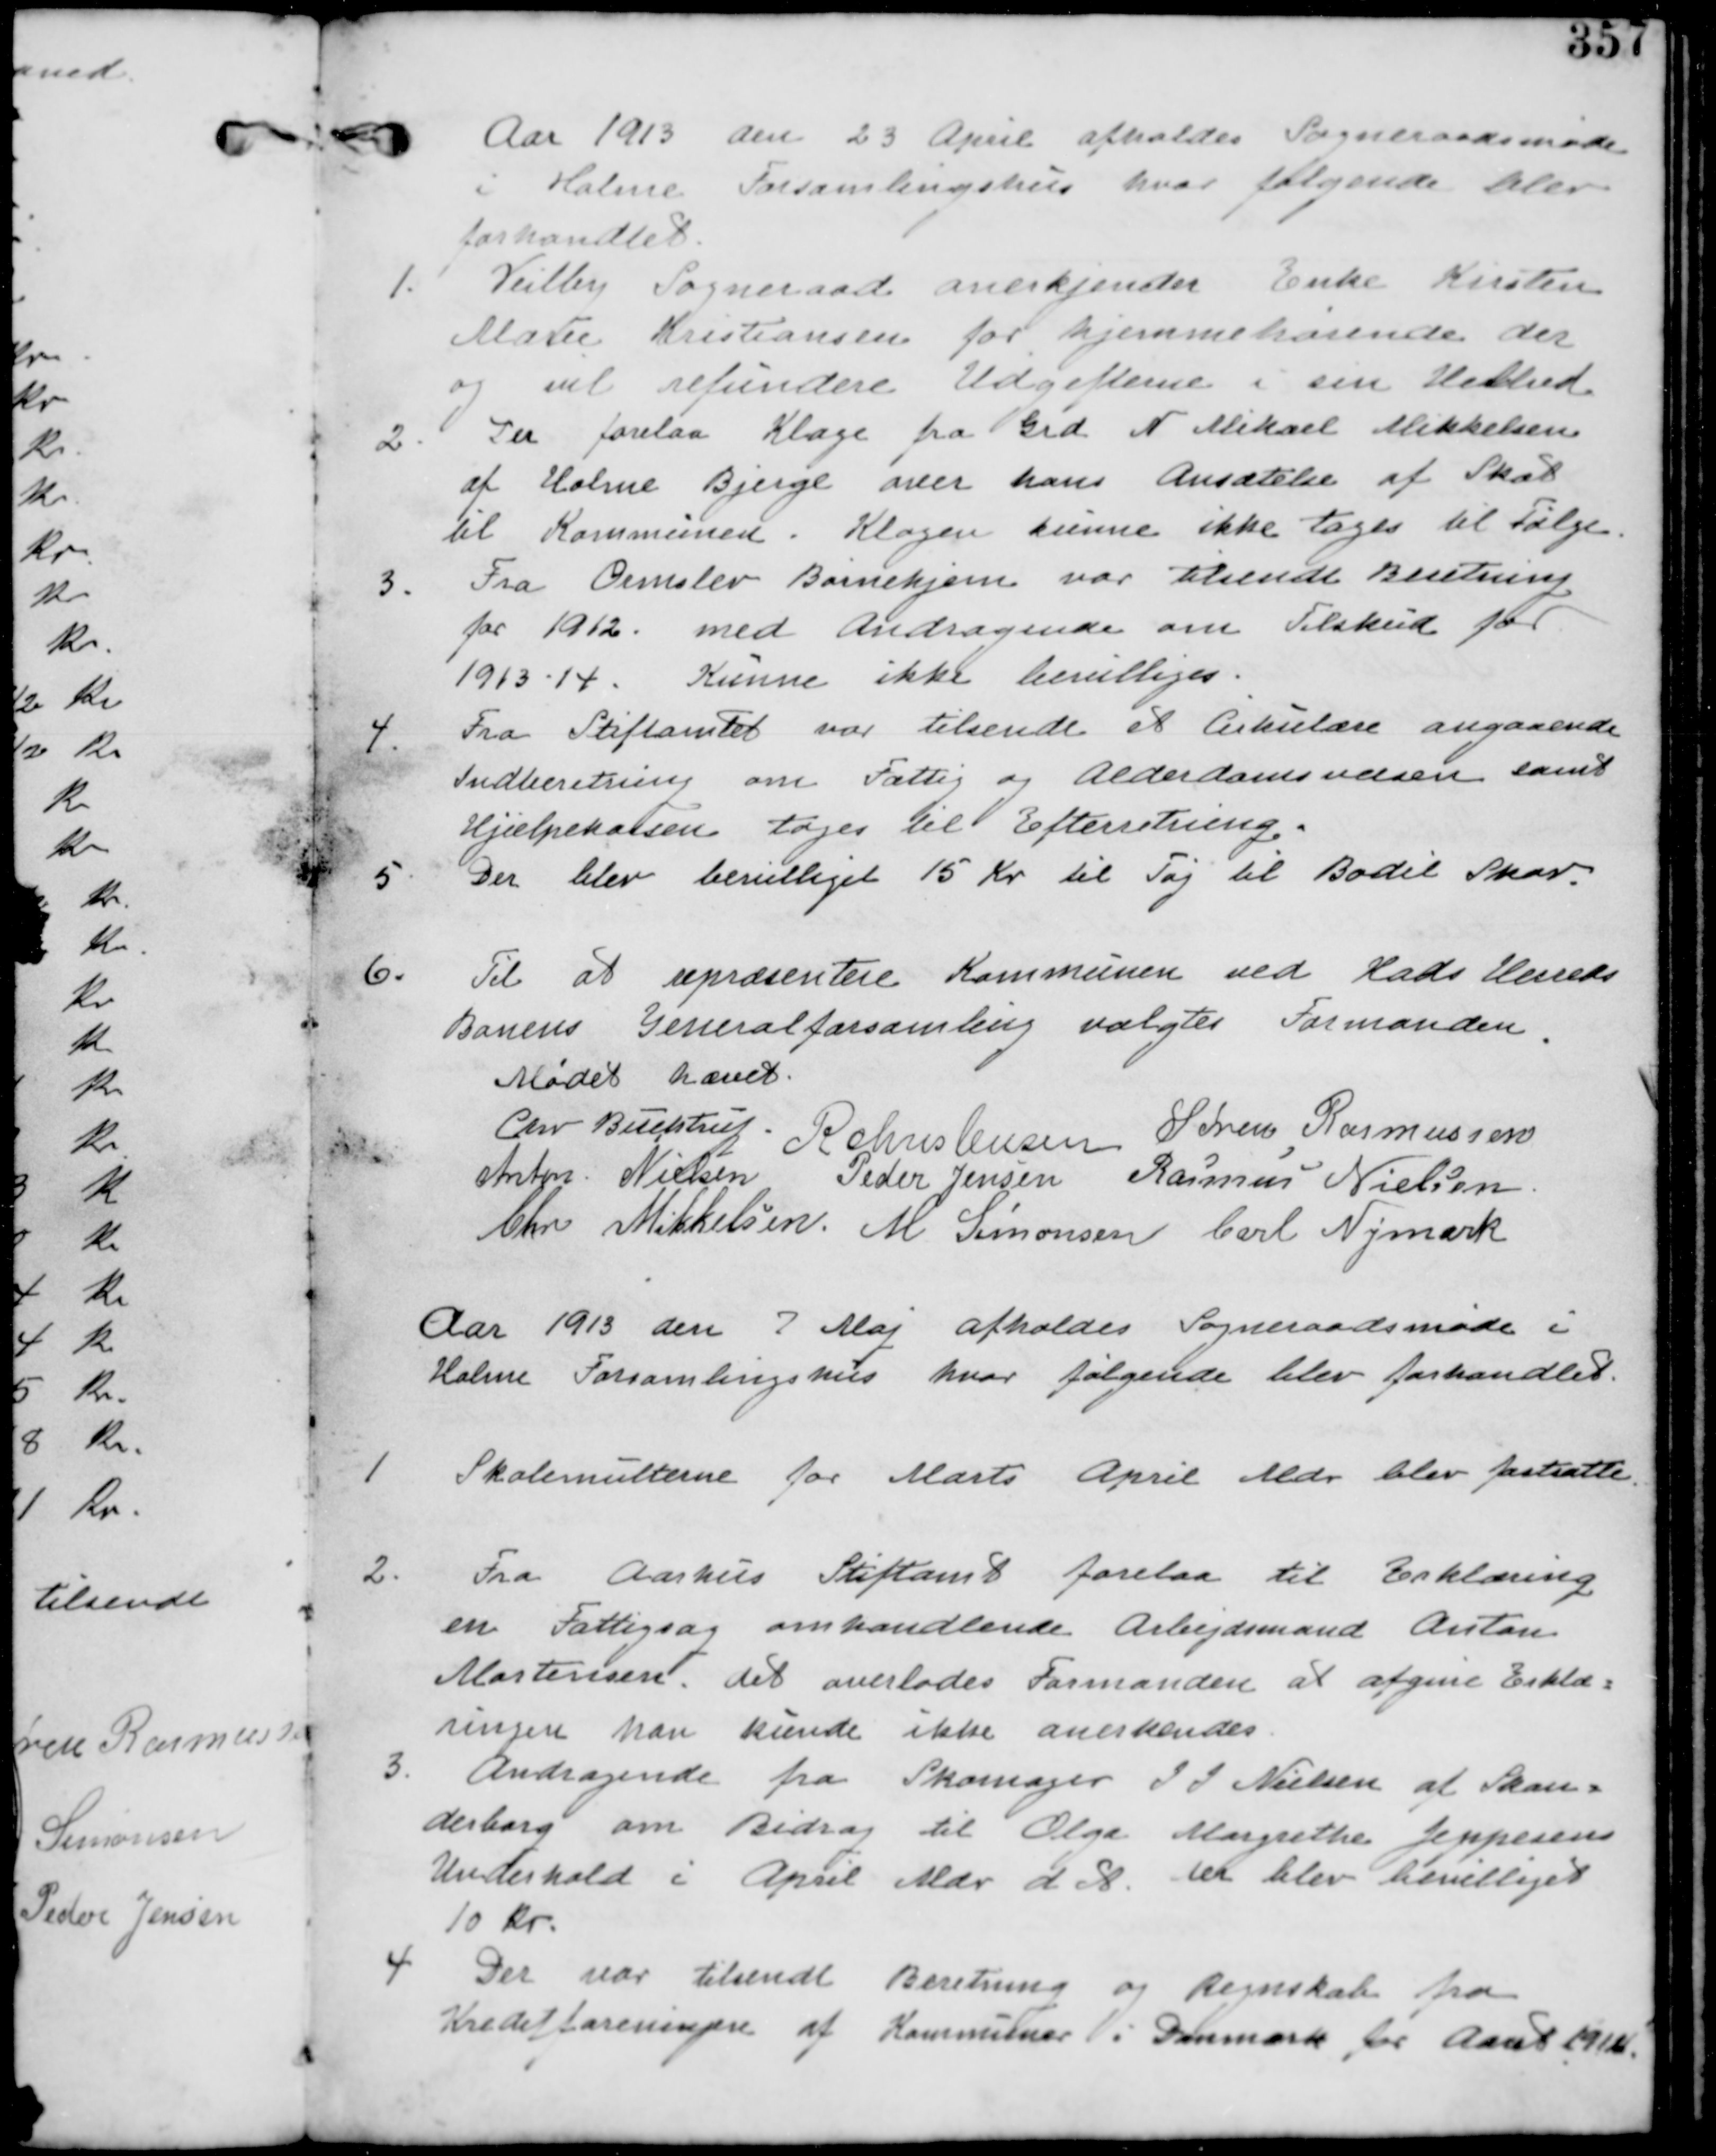
Transskription:
Aaret 1913 den 23 April afholdes Sogneraadsmøde
i Holme Forsamlingshus hvor følgende blev
forhandlet

1. Vejlby Sogneraad anerkjender Enke Kirsten
Marie Kristiansen for hjemmehørende der
og vil refundere Udgifterne i sin Helhed.

2. Der forelaa Klage fra Grd N Mikael Mikkelsen
af Holme Bjerge over hans Ansættelse af Skat
til Kommunen. Klagen kunne ikke tages til Følge.

3. Fra Ormslev Børnehjem var tilsendt Beretning
for 1912 med anmodning om Tilskud for
1913-14. Kunne ikke bevilliges.

4. Fra Stiftamtet var tilsendt et Cirkulære angaaende
Indberetning om Fattig og Alderdomsvæsen samt
Hjælpekassen tages til Efterretning.

5. Der blev bevilliget 15 Kr til Tøj til Bodil Skov

6. Til at repræsentere Kommunen ved Hads Herreds
Banens Generalforsamling valgtes formanden.

Mødet hævet.
Chr Buchtrup. R christensen Søren Rasmussen
Anton Nielsen Peder Jensen Rasmus Nielsen
Chr Mikkelsen M Simonsen Carl Nymark

Aar 1913 den 7 Maj afholdes Sogneraadsmøde i
Holme Forsamlingshus hvor følgende blev forhandlet.

1. Skolemulterne for Marts Mdr blev fastsatte

2. Fra Aarhus Stiftamt forelaa Erklæring
om Fattigsag omhandlende Arbejdsmand Anton
Mortensen. det overlades Formanden at afgive Erklæ-
ringen han kunne ikke anerkendes.

3. Andragende fra Skomager I I Nielsen af Skander-
derborg om Bidrag til Olga Margrethe Jeppesens
Underhold i April Mdr d. A. der blev bevilliget
10 Kr.

4. Der var tilsendt Beretning og Regnskab fra
Kreditforeningen af Kommuner i Danmark for Aaret 1912.